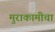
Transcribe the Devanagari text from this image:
मुराकामीचा